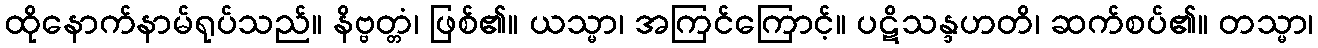
ထိုနောက်နာမ်ရုပ်သည်။ နိဗ္ဗတ္တံ၊ ဖြစ်၏။ ယသ္မာ၊ အကြင်ကြောင့်။ ပဋိသန္ဒဟတိ၊ ဆက်စပ်၏။ တသ္မာ၊